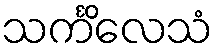
သင်္ကိလေသံ